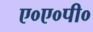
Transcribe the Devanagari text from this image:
ए०ए०पी०